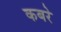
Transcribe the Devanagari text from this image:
कबरे